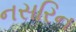
નસરિન